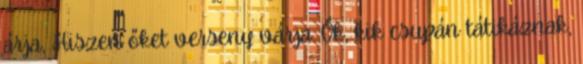
árja, Hiszen őket verseny várja. Ők, kik csupán tátikáznak,